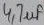
Text: 4,7µf